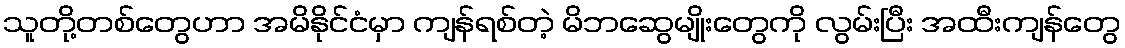
သူတို့တစ်တွေဟာ အမိနိုင်ငံမှာ ကျန်ရစ်တဲ့ မိဘဆွေမျိုးတွေကို လွမ်းပြီး အထီးကျန်တွေ